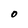
Character: O